Papaver somniferum - Opium : an extract from the sixth volume of the Dictionary of Economic Products of India
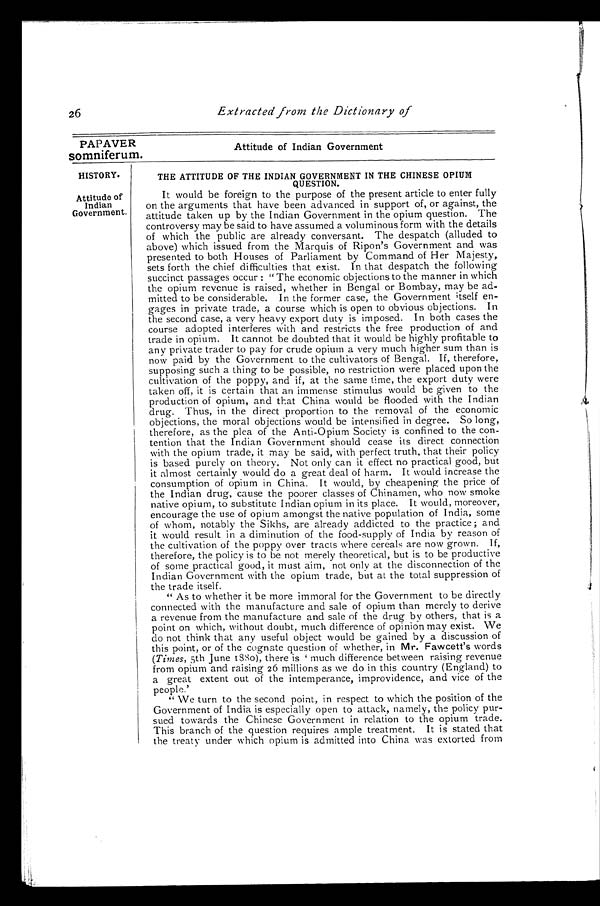
Extracted from the Dictionary of
PAPAVER
Attitude of Indian Government
somniferum.
HISTORY.
Attitude of
Indian
Government.
THE ATTITUDE OF THE INDIAN GOVERNMENT IN THE CHINESE OPIUM
QUESTION.
It would be foreign to the purpose of the present article to enter fully
on the arguments that have been advanced in support of, or against, the
attitude taken up by the Indian Government in the opium question. The
controversy may be said to have assumed a voluminous form with the details
of which the public are already conversant. The despatch (alluded to
above) which issued from the Marquis of Ripon's Government and was
presented to both Houses of Parliament by Command of Her Majesty,
sets forth the chief difficulties that exist. In that despatch the following
succinct passages occur : "The economic objections to the manner in which
the opium revenue is raised, whether in Bengal or Bombay, may be ad-
mitted to be considerable. In the former case, the Government i tself en-
gages in private trade, a course which is open to obvious objections. In
the second case, a very heavy export duty is imposed. In both cases the
course adopted interferes with and restricts the free production of and
trade in opium. It cannot be doubted that it would be highly profitable to
any private trader to pay for crude opium a very much higher sum than is
now paid by the Government to the cultivators of Bengal. If, therefore,
supposing such a thing to be possible, no restriction were placed upon the
cultivation of the poppy, and if, at the same time, the export duty were
taken off, it is certain that an immense stimulus would be given to the
production of opium, and that China would be flooded with the Indian
drug. Thus, in the direct proportion to the removal of the economic
objections, the moral objections would be intensified in degree. So long,
therefore, as the plea of the Anti-Opium Society is confined to the con-
tention that the Indian Government should cease its direct connection
with the opium trade, it may be said, with perfect truth, that their policy
is based purely on theory. Not only can it effect no practical good, but
it almost certainly would do a great deal of harm. It would increase the
consumption of opium in China. It would, by cheapening the price of
the Indian drug, cause the poorer classes of Chinamen, who now smoke
native opium, to substitute Indian opium in its place. It would, moreover,
encourage the use of opium amongst the native population of India, some
of whom, notably the Sikhs, are already addicted to the practice ; and
it would result in a diminution of the food-supply of India by reason of
the cultivation of the poppy over tracts where cereals are now grown. If,
therefore, the policy is to be not merely theoretical, but is to be productive
of some practical good, it must aim, not only at the disconnection of the
Indian Government with the opium trade, but at the total suppression of
the trade itself.
" As to whether it be more immoral for the Government to be directly
connected with the manufacture and sale of opium than merely to derive
a revenue from the manufacture and sale of the drug by others, that is a
point on which, without doubt, much difference of opinion may exist. Vie
do not think that any useful object would be gained by a discussion of
this point, or of the cognate question of whether, in Mr. Fawcett's words
(Times, 5th June IS to), there is ' much difference between raising revenue
from opium and raising 26 millions as we do in this country (England) to
a great extent out of the intemperance, improvidence, and vice of the
people.'
" We turn to the second point, in respect to which the position of the
Government of India is especially open to attack, namely, the policy pur-
sued towards the Chinese Government in relation to the opium trade.
This branch of the question requires ample treatment. It is stated that
the treaty under which opium is admitted into China was extorted from